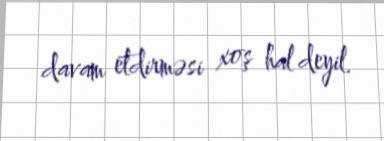
davam etdirməsi xoş hal deyil.